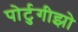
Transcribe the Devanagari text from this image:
पोर्टुगीझो